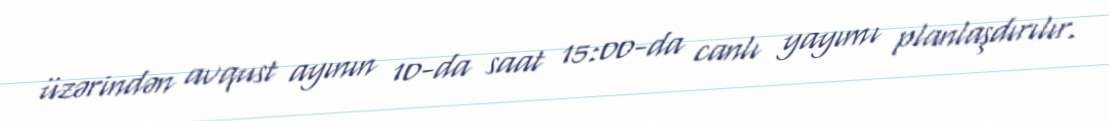
üzərindən avqust ayının 10-da saat 15:00-da canlı yayımı planlaşdırılır.